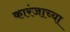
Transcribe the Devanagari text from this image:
कारंजाच्या